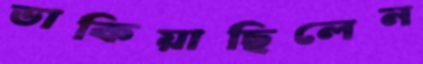
ডাকিয়াছিলেন